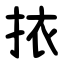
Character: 挔